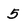
Character: 5